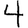
Digit: 4